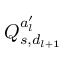
Q _ { s , d _ { l + 1 } } ^ { a _ { l } ^ { \prime } }